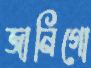
জানিগো